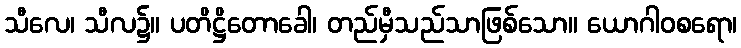
သီလေ၊ သီလ၌။ ပတိဋ္ဌိတောခေါ၊ တည်မှီသည်သာဖြစ်သော။ ယောဂါဝစရော၊